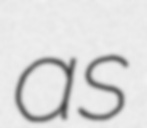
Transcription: as